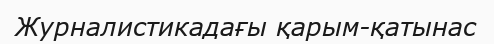
Журналистикадағы қарым-қатынас